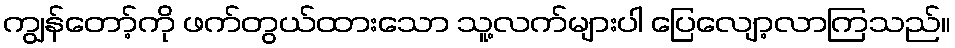
ကျွန်တော့်ကို ဖက်တွယ်ထားသော သူ့လက်များပါ ပြေလျော့လာကြသည်။